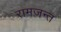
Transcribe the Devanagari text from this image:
रामजन्त